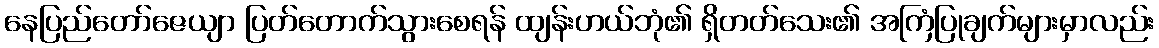
နေပြည်တော်ဇေယျာ ပြတ်တောက်သွားစေရန် ထျန်းဟယ်ဘုံ၏ ရှိတတ်သေး၏ အကြံပြုချက်များမှာလည်း